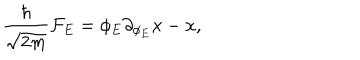
{ \frac { \hbar } { \sqrt { 2 m } } } { \cal F } _ { E } = \phi _ { E } \partial _ { \phi _ { E } } x - x ,